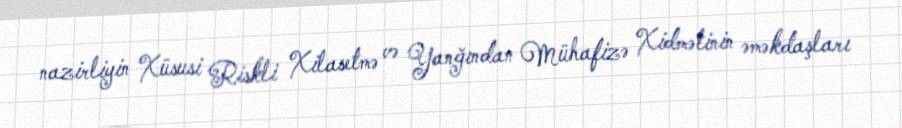
nazirliyin Xüsusi Riskli Xilasetmə və Yanğından Mühafizə Xidmətinin əməkdaşları